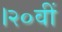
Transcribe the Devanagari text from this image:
।२०वीं